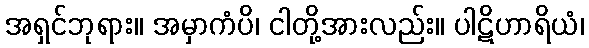
အရှင်ဘုရား။ အမှာကံပိ၊ ငါတို့အားလည်း။ ပါဋိဟာရိယံ၊